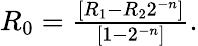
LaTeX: \begin{array}{r}{R_{0}=\frac{\left[R_{1}-R_{2}2^{-n}\right]}{\left[1-2^{-n}\right]}.}\end{array}